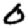
Digit: 0